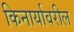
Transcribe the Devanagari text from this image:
किनार्यावरील